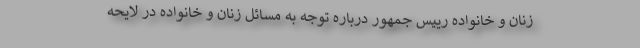
زنان و خانواده رییس جمهور درباره توجه به مسائل زنان و خانواده در لایحه